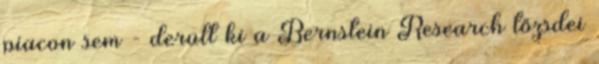
piacon sem - derült ki a Bernstein Research tőzsdei